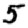
Digit: 5